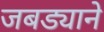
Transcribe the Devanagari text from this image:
जबड्याने